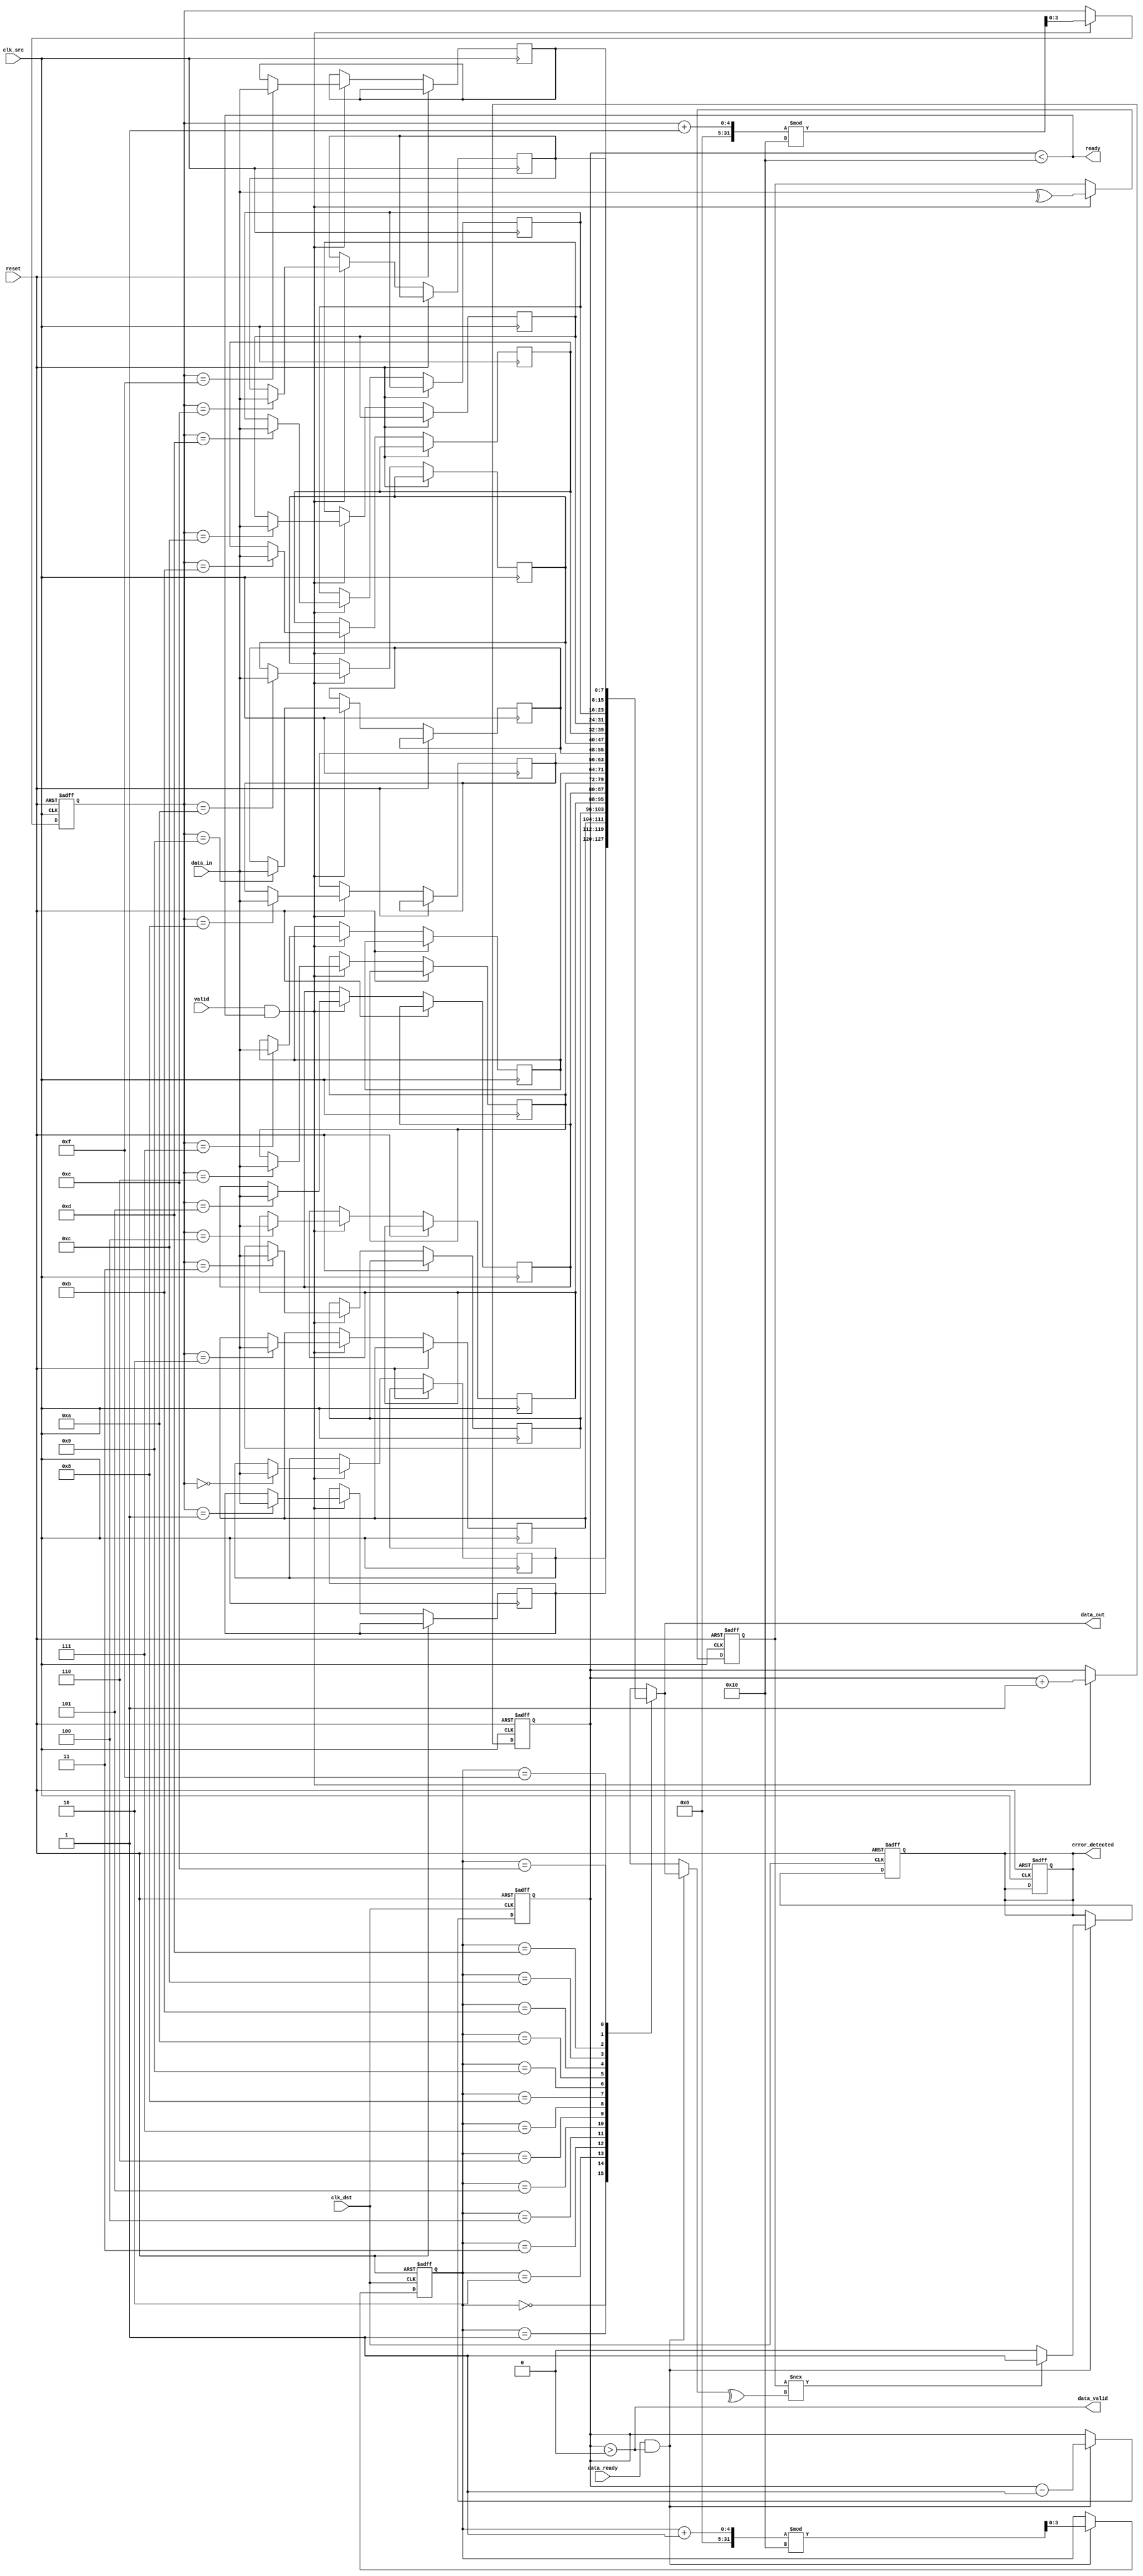
module cdc_fifo #(
    parameter DATA_WIDTH  = 8,
    parameter FIFO_DEPTH  = 16
)(
    input  wire      clk_src,          // Source clock
    input  wire      clk_dst,          // Destination clock
    input  wire      reset,            // System reset
    input  wire [DATA_WIDTH-1:0] data_in, // Data to send
    input  wire      valid,            // Source valid signal
    output wire      ready,            // Source ready signal

    output wire [DATA_WIDTH-1:0] data_out, // Data received
    output wire      data_valid,       // Destination valid data signal
    output wire      error_detected,    // Error detection signal
    input  wire      data_ready        // Destination ready signal
);

    // FIFO memory declaration
    reg [DATA_WIDTH-1:0] fifo [0:FIFO_DEPTH-1];
    reg [3:0] write_ptr, read_ptr;
    reg [3:0] fifo_count;
    reg parity_bit;
    reg error_flag;

    // Handshaking logic
    assign ready = (fifo_count < FIFO_DEPTH);
    assign data_valid = (fifo_count > 0);
    assign data_out = fifo[read_ptr];
    assign error_detected = error_flag;

    // Write to FIFO on source clock
    always @(posedge clk_src or posedge reset) begin
        if (reset) begin
            write_ptr <= 0;
            fifo_count <= 0;
            parity_bit <= 0;
            error_flag <= 0;
        end else begin
            if (valid && ready) begin
                fifo[write_ptr] <= data_in;
                parity_bit <= ^data_in; // Calculate parity for the incoming data
                write_ptr <= (write_ptr + 1) % FIFO_DEPTH;
                fifo_count <= fifo_count + 1;
            end
        end
    end

    // Read from FIFO on destination clock
    always @(posedge clk_dst or posedge reset) begin
        if (reset) begin
            read_ptr <= 0;
            fifo_count <= 0;
            error_flag <= 0;
        end else begin
            if (data_ready && data_valid) begin
                if (parity_bit !== ^fifo[read_ptr]) begin // Check parity
                    error_flag <= 1; // Set error flag if parity mismatch
                end else begin
                    error_flag <= 0; // Clear error flag if no error
                end
                read_ptr <= (read_ptr + 1) % FIFO_DEPTH;
                fifo_count <= fifo_count - 1;
            end
        end
    end

endmodule